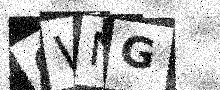
Text: 6VNG